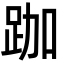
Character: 跏